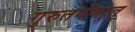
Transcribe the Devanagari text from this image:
गुरुतर्पणात्